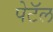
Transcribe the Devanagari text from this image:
पेटॅल